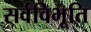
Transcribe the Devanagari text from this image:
सर्वविभूति